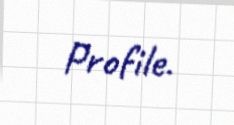
Profile.